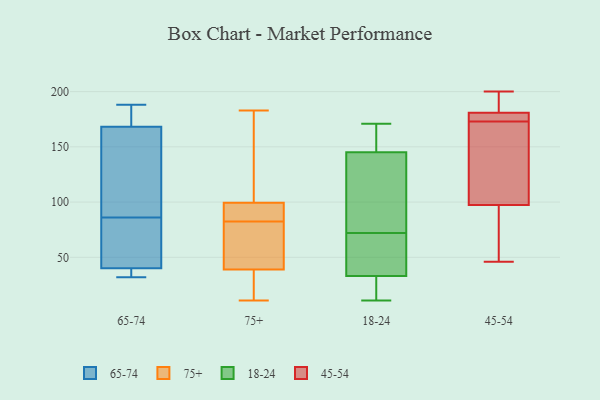
{"axis": {"x": "Headcount", "y": "Value"}, "legend": ["18-24", "45-54", "65-74", "75+"], "data": [{"x": "", "y": 40, "type": "65-74"}, {"x": "", "y": 169, "type": "65-74"}, {"x": "", "y": 156, "type": "65-74"}, {"x": "", "y": 79, "type": "65-74"}, {"x": "", "y": 33, "type": "65-74"}, {"x": "", "y": 186, "type": "65-74"}, {"x": "", "y": 166, "type": "65-74"}, {"x": "", "y": 40, "type": "65-74"}, {"x": "", "y": 32, "type": "65-74"}, {"x": "", "y": 86, "type": "65-74"}, {"x": "", "y": 188, "type": "65-74"}, {"x": "", "y": 83, "type": "75+"}, {"x": "", "y": 112, "type": "75+"}, {"x": "", "y": 22, "type": "75+"}, {"x": "", "y": 175, "type": "75+"}, {"x": "", "y": 183, "type": "75+"}, {"x": "", "y": 77, "type": "75+"}, {"x": "", "y": 19, "type": "75+"}, {"x": "", "y": 56, "type": "75+"}, {"x": "", "y": 87, "type": "75+"}, {"x": "", "y": 82, "type": "75+"}, {"x": "", "y": 11, "type": "75+"}, {"x": "", "y": 85, "type": "75+"}, {"x": "", "y": 11, "type": "18-24"}, {"x": "", "y": 19, "type": "18-24"}, {"x": "", "y": 45, "type": "18-24"}, {"x": "", "y": 171, "type": "18-24"}, {"x": "", "y": 33, "type": "18-24"}, {"x": "", "y": 66, "type": "18-24"}, {"x": "", "y": 170, "type": "18-24"}, {"x": "", "y": 78, "type": "18-24"}, {"x": "", "y": 145, "type": "18-24"}, {"x": "", "y": 97, "type": "18-24"}, {"x": "", "y": 173, "type": "45-54"}, {"x": "", "y": 89, "type": "45-54"}, {"x": "", "y": 64, "type": "45-54"}, {"x": "", "y": 104, "type": "45-54"}, {"x": "", "y": 151, "type": "45-54"}, {"x": "", "y": 100, "type": "45-54"}, {"x": "", "y": 198, "type": "45-54"}, {"x": "", "y": 183, "type": "45-54"}, {"x": "", "y": 180, "type": "45-54"}, {"x": "", "y": 178, "type": "45-54"}, {"x": "", "y": 46, "type": "45-54"}, {"x": "", "y": 200, "type": "45-54"}, {"x": "", "y": 180, "type": "45-54"}]}